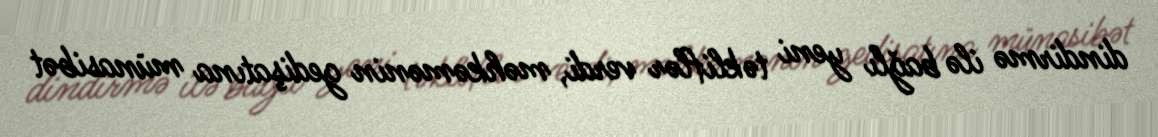
dindirmə ilə bağlı yeni təkliflər verdi, məhkəmənin gedişatına münasibət